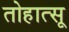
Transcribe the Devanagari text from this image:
तोहात्सू